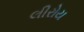
લીરોય